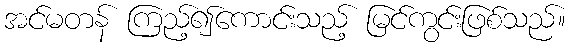
အင်မတန် ကြည့်၍ကောင်းသည့် မြင်ကွင်းဖြစ်သည်။